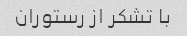
با تشکر از رستوران